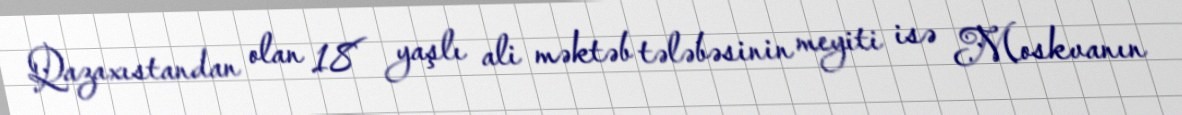
Qazaxıstandan olan 18 yaşlı ali məktəb tələbəsinin meyiti isə Moskvanın